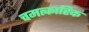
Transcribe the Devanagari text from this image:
चमत्‍कारिक